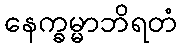
နေက္ခမ္မာဘိရတံ